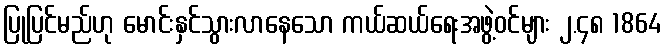
ပြုပြင်မည်ဟု မောင်းနှင်သွားလာနေသော ကယ်ဆယ်ရေးအဖွဲ့ဝင်များ ၂.၄၈ 1864